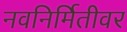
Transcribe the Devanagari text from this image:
नवनिर्मितीवर